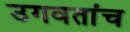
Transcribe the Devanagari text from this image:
उगवतांच